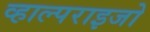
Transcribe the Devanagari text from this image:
व्हाल्पराइजो